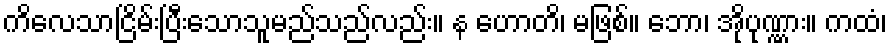
ကိလေသာငြိမ်းပြီးသောသူမည်သည်လည်း။ န ဟောတိ၊ မဖြစ်။ ဘော၊ အိုပုဏ္ဏား။ ကထံ၊